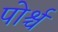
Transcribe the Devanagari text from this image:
पोर्श्च